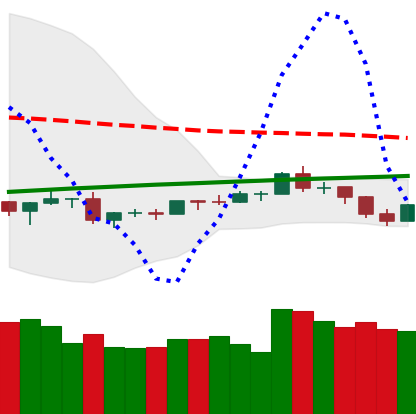
Ticker: ETH-USD
Chart end date: 2019-08-11
Forward return: -14.185%
Label: down_7plus